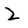
Character: Z